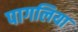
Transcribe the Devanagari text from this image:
पागलिया